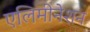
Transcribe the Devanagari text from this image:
एलिमीनेशन